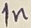
Text: 1n